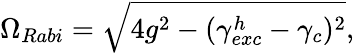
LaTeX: \Omega_{Rabi}=\sqrt{4g^{2}-(\gamma_{exc}^{h}-\gamma_{c})^{2}},